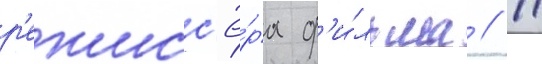
р'ежисс'ё́ра ф'и́льма // 11